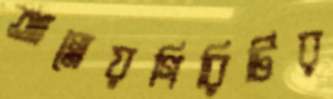
আগ্নেয়গিরিটির